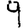
Digit: 9